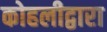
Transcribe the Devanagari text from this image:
कोहलीद्वारा